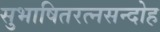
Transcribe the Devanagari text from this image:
सुभाषितरत्नसन्दोह